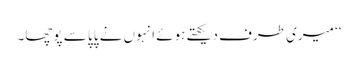
‘‘ میری طرف دیکھتے ہوئے انہوں نے پاپا سے پوچھا۔